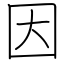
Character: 因